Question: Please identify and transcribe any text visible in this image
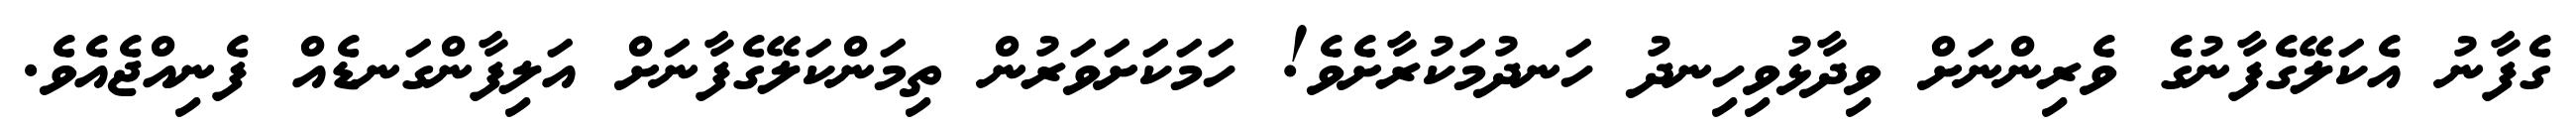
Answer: ގެފާނު އެކަލޭގެފާނުގެ ވެރިންނަށް ވިދާޅުވިހިނދު ހަނދުމަކުރާށެވެ! ހަމަކަށަވަރުން ތިމަންކަލޭގެފާނަށް އަލިފާންގަނޑެއް ފެނިއްޖެއެވެ.